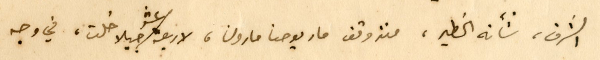
الشرق، شأنه الخطير، منذ وقف مار يوحنا مارون، لاربعة عشر جيلا خلت، في وجه